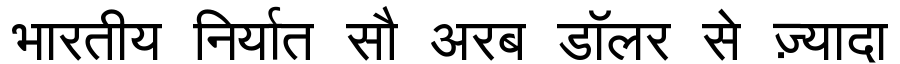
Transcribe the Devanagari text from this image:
भारतीय निर्यात सौ अरब डॉलर से ज़्यादा